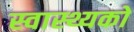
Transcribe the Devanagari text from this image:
स्वास्थ्यको